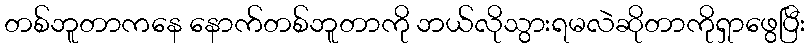
တစ်ဘူတာကနေ နောက်တစ်ဘူတာကို ဘယ်လိုသွားရမလဲဆိုတာကိုရှာဖွေပြီး